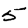
Digit: 5